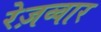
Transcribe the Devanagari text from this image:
रेज़व्वार